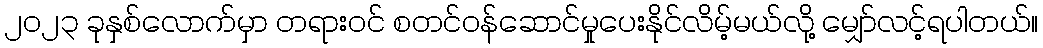
၂၀၂၃ ခုနှစ်လောက်မှာ တရားဝင် စတင်ဝန်ဆောင်မှုပေးနိုင်လိမ့်မယ်လို့ မျှော်လင့်ရပါတယ်။